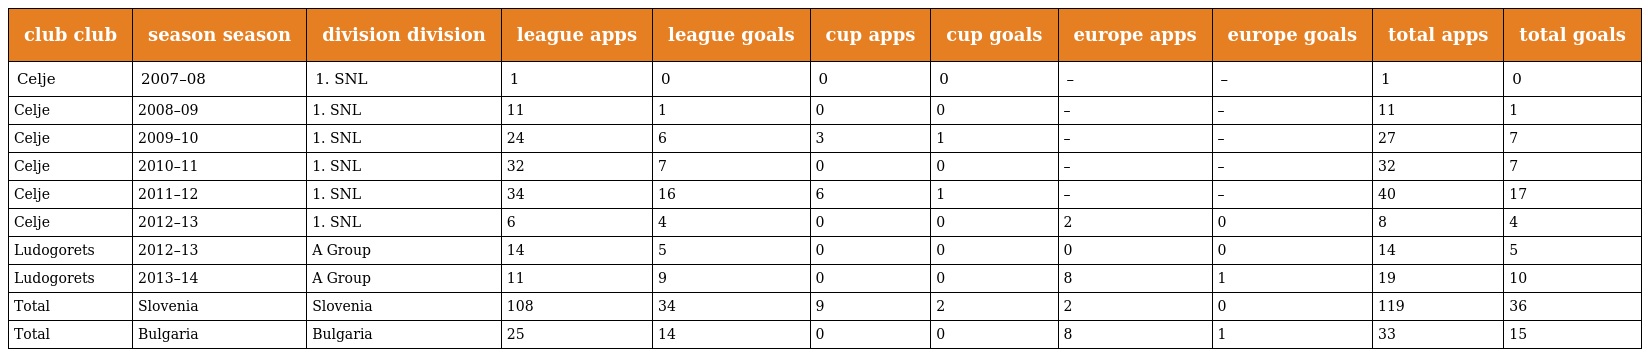
| club club | season season | division division | league apps | league goals | cup apps | cup goals | europe apps | europe goals | total apps | total goals |
 | --- | --- | --- | --- | --- | --- | --- | --- | --- | --- | --- |
 | Celje | 2007–08 | 1. SNL | 1 | 0 | 0 | 0 | – | – | 1 | 0 |
 | Celje | 2008–09 | 1. SNL | 11 | 1 | 0 | 0 | – | – | 11 | 1 |
 | Celje | 2009–10 | 1. SNL | 24 | 6 | 3 | 1 | – | – | 27 | 7 |
 | Celje | 2010–11 | 1. SNL | 32 | 7 | 0 | 0 | – | – | 32 | 7 |
 | Celje | 2011–12 | 1. SNL | 34 | 16 | 6 | 1 | – | – | 40 | 17 |
 | Celje | 2012–13 | 1. SNL | 6 | 4 | 0 | 0 | 2 | 0 | 8 | 4 |
 | Ludogorets | 2012–13 | A Group | 14 | 5 | 0 | 0 | 0 | 0 | 14 | 5 |
 | Ludogorets | 2013–14 | A Group | 11 | 9 | 0 | 0 | 8 | 1 | 19 | 10 |
 | Total | Slovenia | Slovenia | 108 | 34 | 9 | 2 | 2 | 0 | 119 | 36 |
 | Total | Bulgaria | Bulgaria | 25 | 14 | 0 | 0 | 8 | 1 | 33 | 15 |